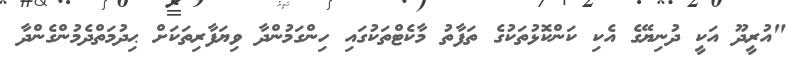
"އުރީދޫ އަކީ ދުނިޔޭގެ އެކި ކަންކޮޅުތަކުގެ ތަފާތު މާކެޓްތަކުގައި ހިންގަމުންދާ ވިޔަފާރިތަކަށް ޙިދުމަތްދެމުންގެންދާ